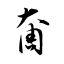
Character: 奝